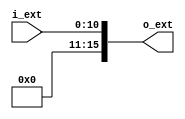
`timescale 10ns / 10ns

module signal_extension #(
        parameter   DTBITS  =   11  ,
        parameter   EXTBITS =   16
)
(
        input   wire    [DTBITS-1:0]    i_ext   ,
        output  wire    [EXTBITS-1:0]   o_ext
);

assign  o_ext   =   i_ext   ;

endmodule